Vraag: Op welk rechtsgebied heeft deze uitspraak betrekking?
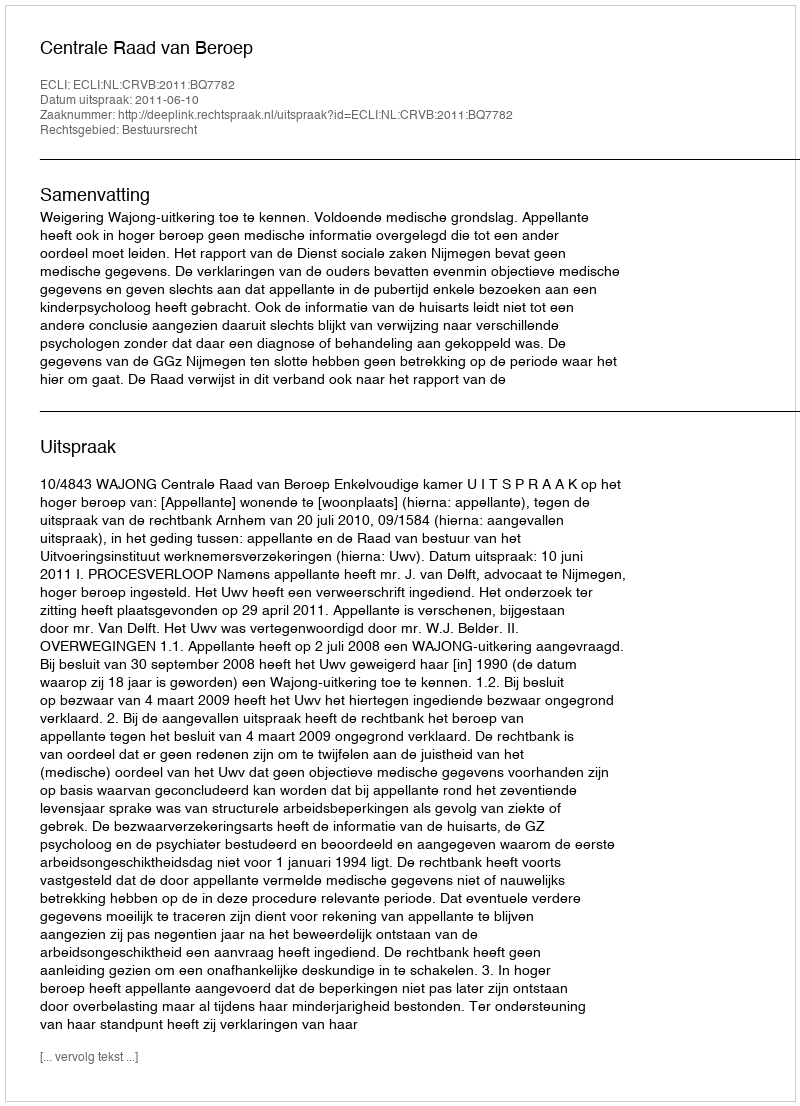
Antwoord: Bestuursrecht